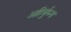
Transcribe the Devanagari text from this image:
अहिर्बुघ्न्य